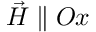
\vec { H } \parallel O x